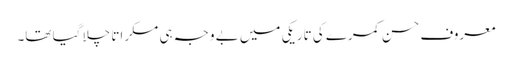
معروف حسن کمرے کی تاریکی میں بے وجہ ہی مسکراتا چلا گیا تھا۔